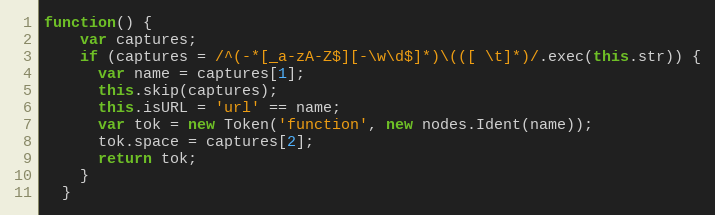
Language: JavaScript
function() {
    var captures;
    if (captures = /^(-*[_a-zA-Z$][-\w\d$]*)\(([ \t]*)/.exec(this.str)) {
      var name = captures[1];
      this.skip(captures);
      this.isURL = 'url' == name;
      var tok = new Token('function', new nodes.Ident(name));
      tok.space = captures[2];
      return tok;
    }
  }